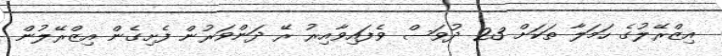
އިޒްރޭލުގެ ހަމަލާ ތަކަށް 23 ދުވަސް ވެފައިވާއިރު ރޭ ދަންވަރުން ފެށިގެން އިޒްރޭލުން